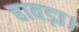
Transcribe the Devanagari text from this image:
हावड़ा।